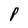
Character: P